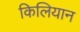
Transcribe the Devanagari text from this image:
किलियान